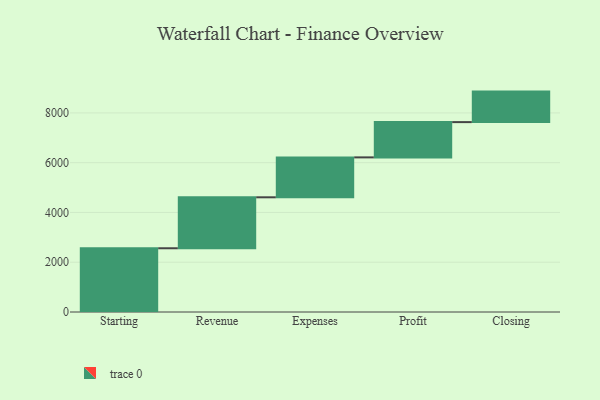
{"axis": {"x": "Step", "y": "Value"}, "legend": [""], "data": [{"x": "Starting", "y": 2561.0, "type": ""}, {"x": "Revenue", "y": 2048.0, "type": ""}, {"x": "Expenses", "y": 1604.0, "type": ""}, {"x": "Profit", "y": 1417.0, "type": ""}, {"x": "Closing", "y": 1226.0, "type": ""}]}